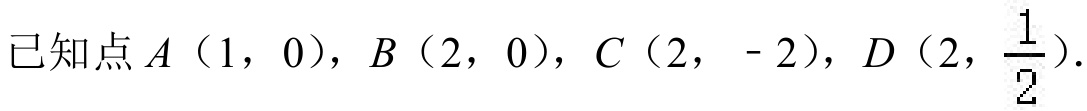
已知点$A（1，0）$，$B（2，0）$，$C（2， - 2）$，$D（2，\frac{1}{2}）$．